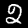
Label: 2